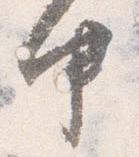
中